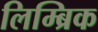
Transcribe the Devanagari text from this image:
लिम्ब्रिक